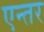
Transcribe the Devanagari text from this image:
एन्तर